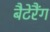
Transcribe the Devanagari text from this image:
बैटेरैंग